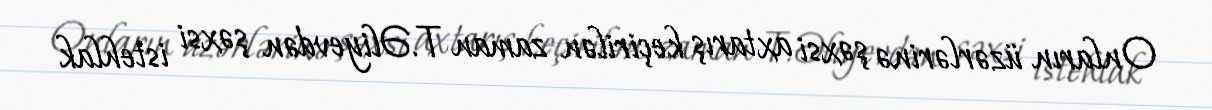
Onların üzərlərinə şəxsi axtarış keçirilən zaman T.Əliyevdən şəxsi istehlak